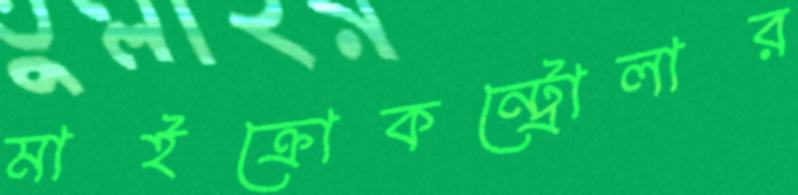
মাইক্রোকন্ট্রোলার